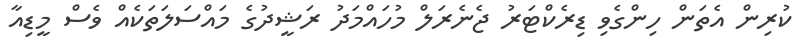
ކުރިން އެތަން ހިންގެވި ޑިރެކްޓަރު ޖެނެރަލް މުހައްމަދު ރަޝީދުގެ މައްސަލަތަކެއް ވެސް މީޑިއާ